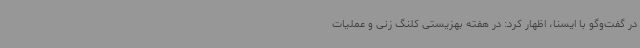
در گفت‌وگو با ایسنا، اظهار کرد: در هفته بهزیستی کلنگ زنی و عملیات